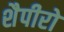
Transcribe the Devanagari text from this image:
शैपीरो